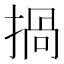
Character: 𢰸